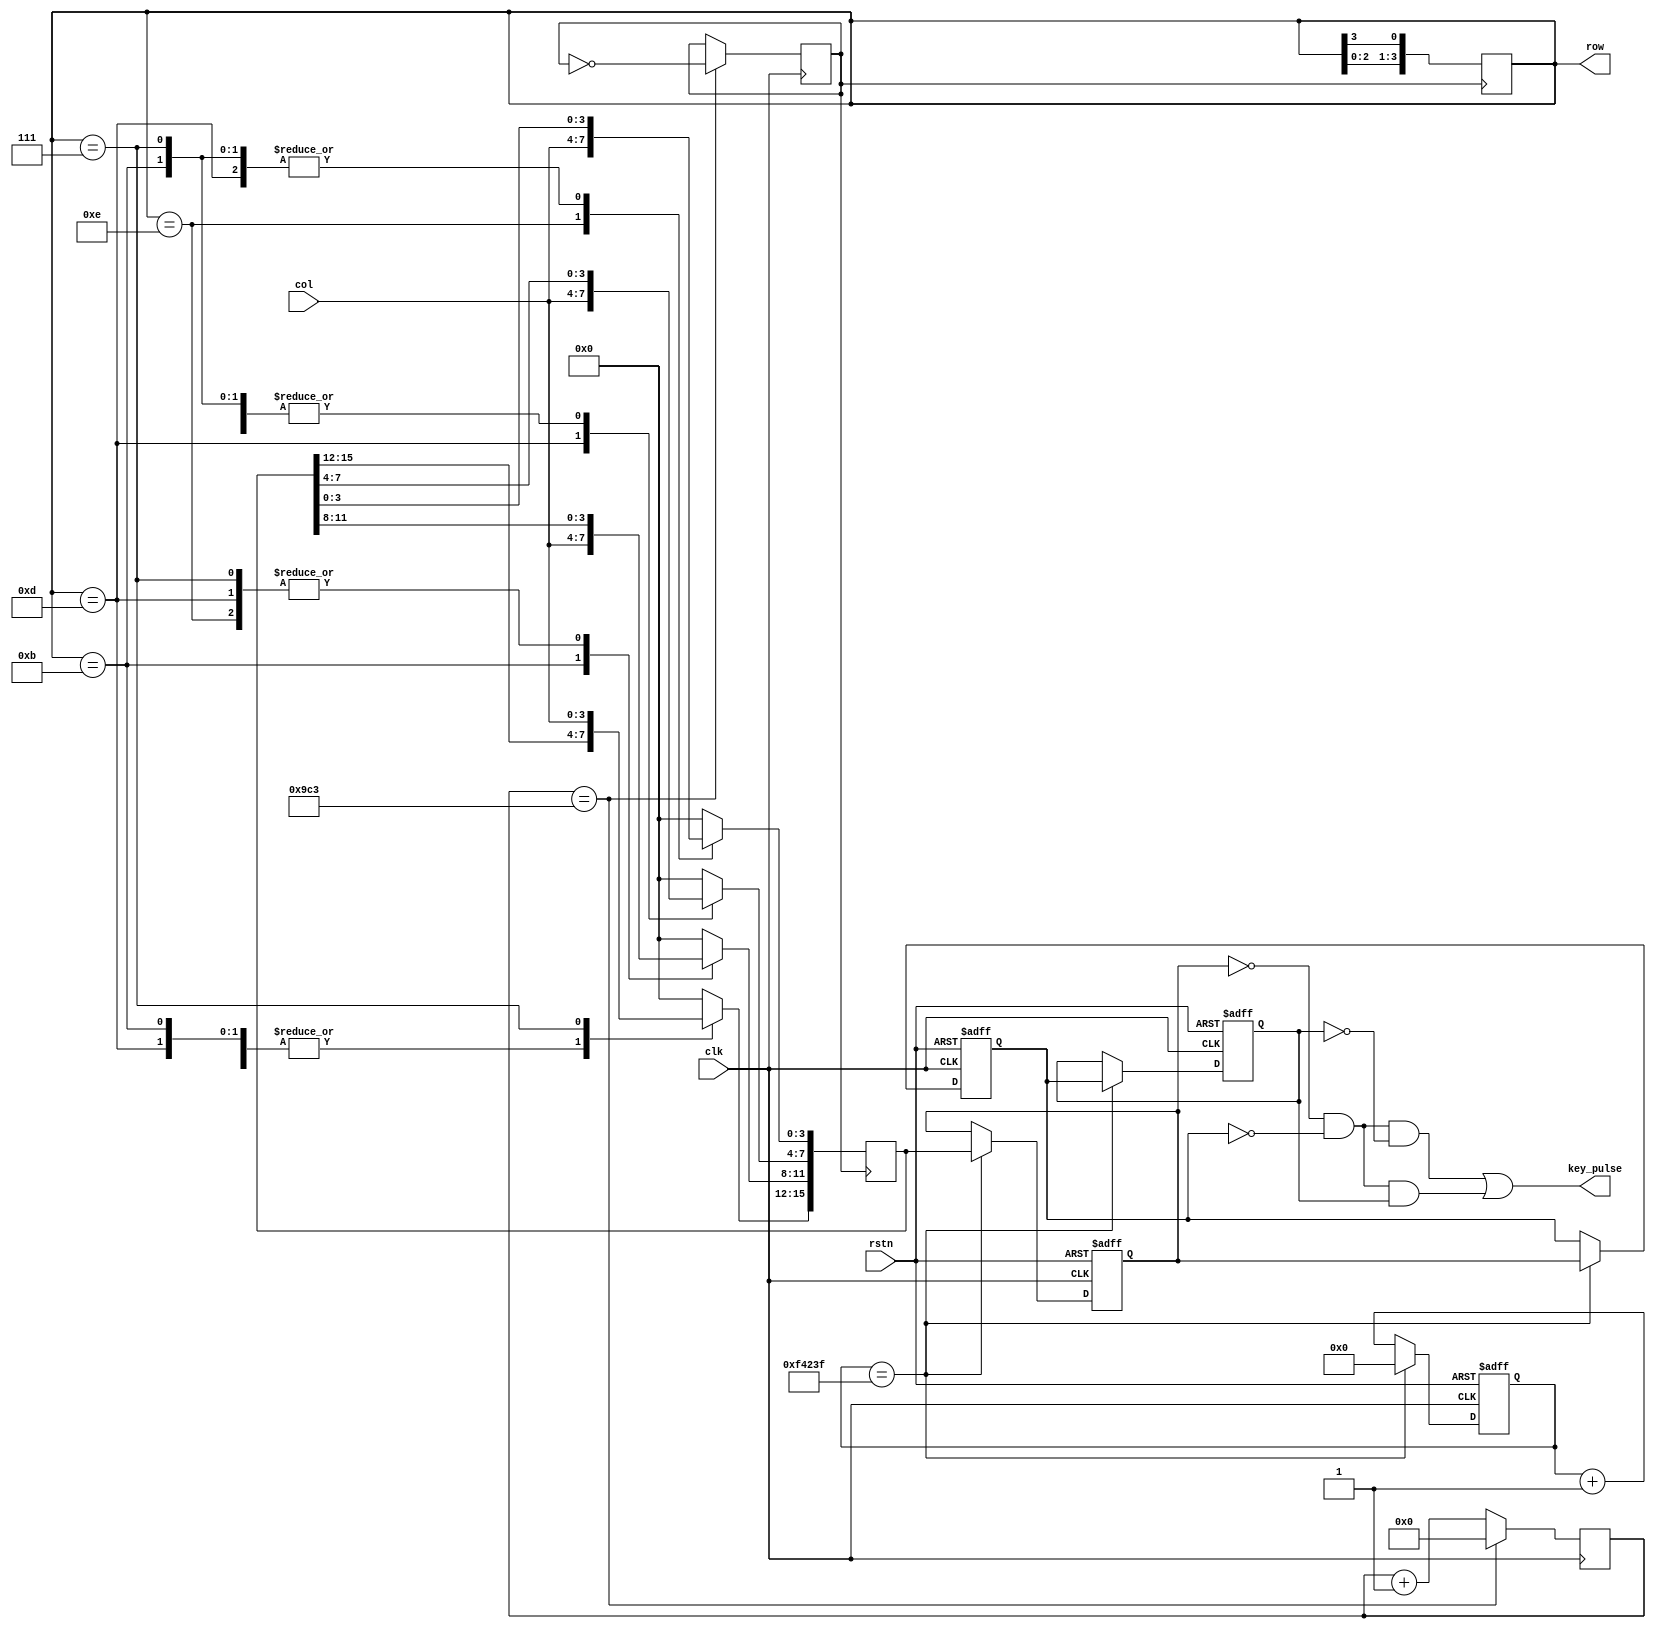
module keyboard(clk,rstn,col,row,key_pulse);
    input clk,rstn;
    input [3:0] col;  
    output reg [3:0] row = 4'b1110;
    output [15:0] key_pulse;
    reg [15:0] key;
    reg [31:0] cnt0 = 0;
    reg scan_clk = 0;
    
    always@(posedge clk) begin
        if(cnt0 == 2499) begin
            cnt0 <= 0;
            scan_clk <= ~scan_clk;
        end
        else
            cnt0 <= cnt0 + 1;
    end
    always@(posedge scan_clk)
        row <= {row[2:0],row[3]}; 
    always@(negedge scan_clk) 
        case(row)
            4'b1110 : key[3:0] <= col;
            4'b1101 : key[7:4] <= col;
            4'b1011 : key[11:8] <= col;
            4'b0111 : key[15:12] <= col;
            default : key <= 0;
        endcase
    //
    reg [19:0] cnt = 0;
    parameter CNTMAX = 999_999;
    always@(posedge clk or negedge rstn) begin
        if(~rstn)
            cnt <= 0;
        else if(cnt == CNTMAX)
            cnt <= 0;
        else
            cnt <= cnt + 1'b1;
     end
     //20ms
     reg [15:0] key_reg0;
     reg [15:0] key_reg1;
     reg [15:0] key_reg2; 
     always@(posedge clk or negedge rstn) begin
        if(~rstn) begin
            key_reg0 <= 16'hffff;
            key_reg1 <= 16'hffff;
            key_reg2 <= 16'hffff;
        end
        else if(cnt == CNTMAX) begin
            key_reg0 <= key;
            key_reg1 <= key_reg0;
            key_reg2 <= key_reg1;                                
        end
    end
    assign key_pulse = (~key_reg0&~key_reg1& ~key_reg2)|(~key_reg0&~key_reg1&key_reg2);
endmodule